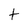
Character: t